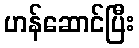
ဟန်ဆောင်ပြီး